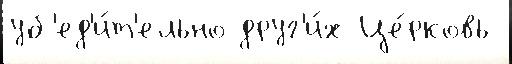
уб'ед'и́т'ельно друг'и́х Це́рковь